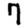
Digit: 7